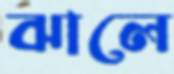
ঝালে